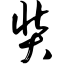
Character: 奘